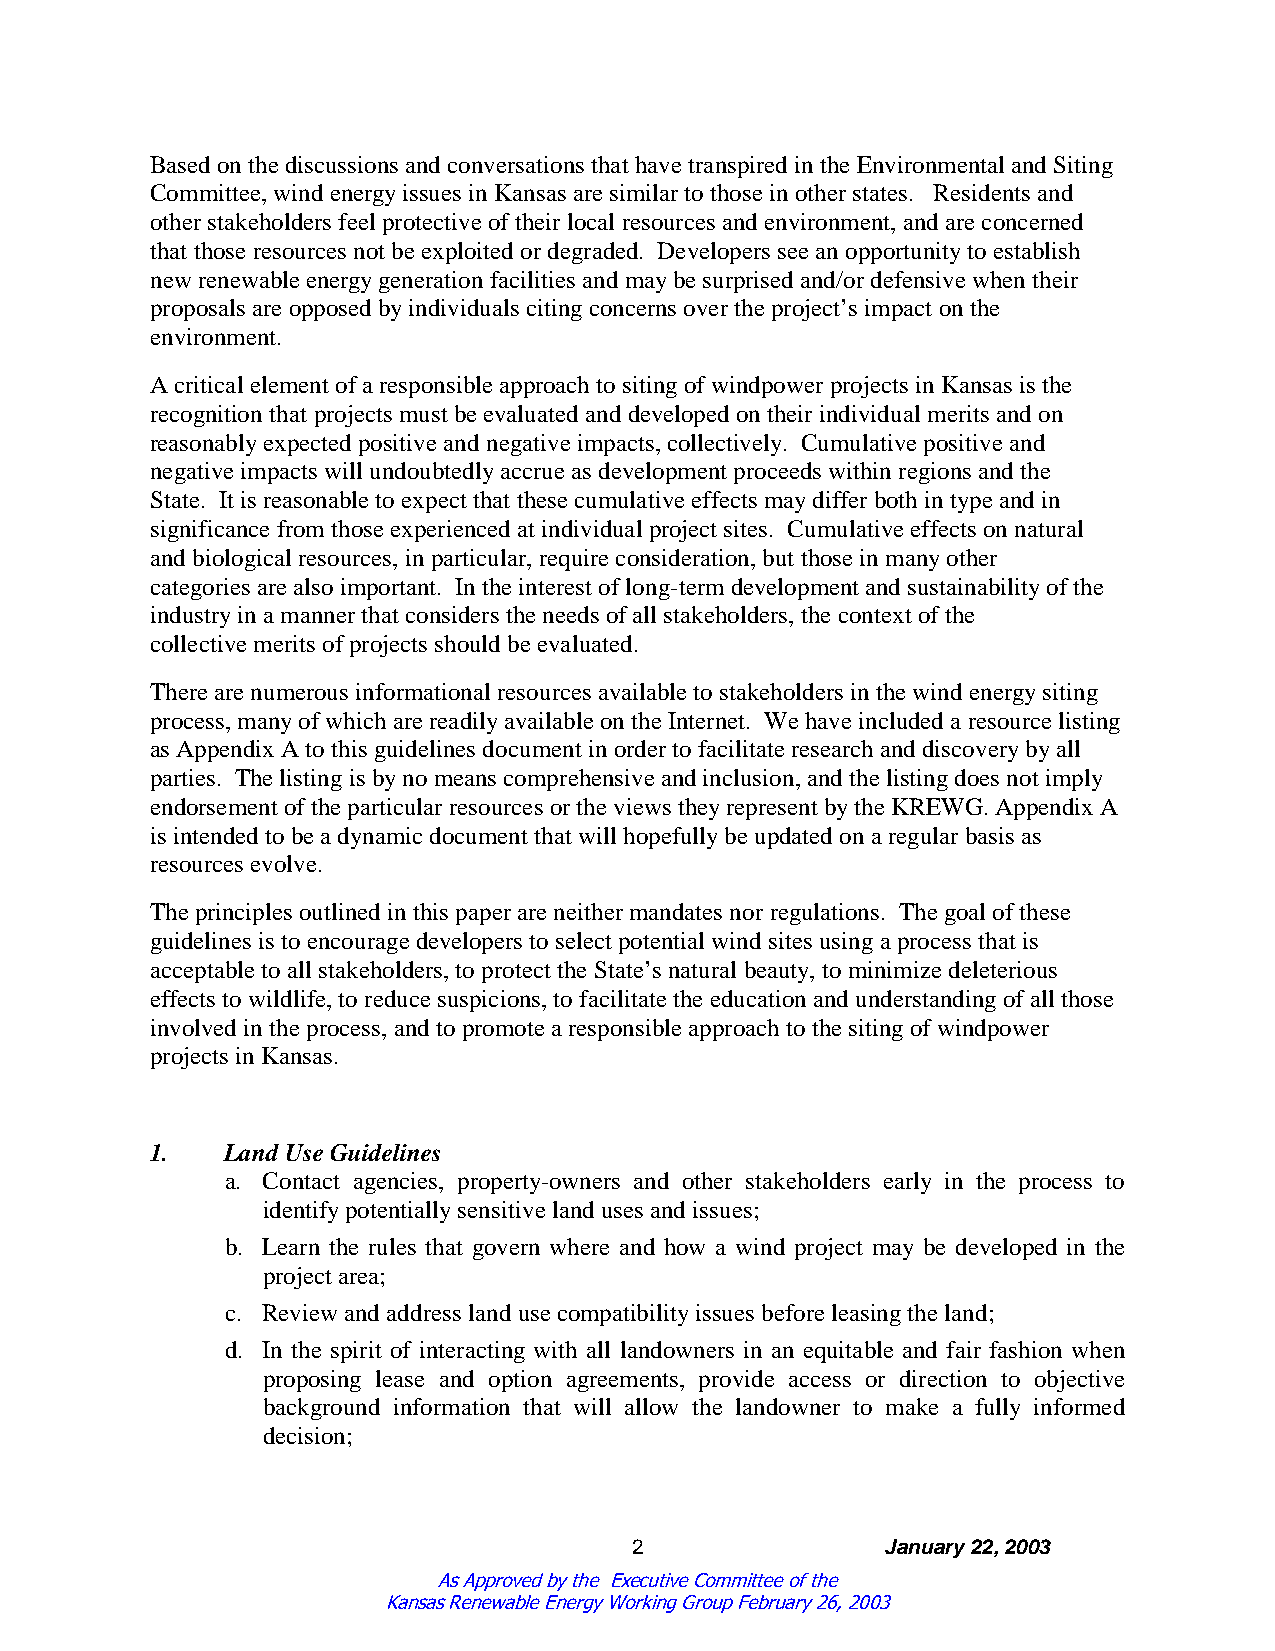
Basedonthediscussions andconversations that havetranspiredintheEnvironmental andSiting
 Committee,windenergyissues inKansas aresimilartothoseinotherstates. Residents and
 otherstakeholders feel protectiveoftheirlocal resources andenvironment,andareconcerned
 that thoseresources not beexploitedordegraded. Developers seeanopportunitytoestablish
 newrenewableenergygenerationfacilities andmaybesurprisedand/ordefensivewhentheir
 proposals areopposedbyindividuals citingconcerns overtheproject’s impact onthe
 environment.
 Acritical element ofaresponsibleapproachtositingofwindpowerprojects inKansas is the
 recognitionthat projects must beevaluatedanddevelopedontheirindividual merits andon
 reasonablyexpectedpositiveandnegativeimpacts,collectively. Cumulativepositiveand
 negativeimpacts will undoubtedlyaccrueas development proceeds withinregions andthe
 State. It is reasonabletoexpect that thesecumulativeeffects maydifferbothintypeandin
 significancefrom thoseexperiencedat individual project sites. Cumulativeeffects onnatural
 andbiological resources,inparticular,requireconsideration,but thoseinmanyother
 categories arealsoimportant. Intheinterest oflong-term development andsustainabilityofthe
 industryinamannerthat considers theneeds ofall stakeholders,thecontext ofthe
 collectivemerits ofprojects shouldbeevaluated.
 Therearenumerous informational resources availabletostakeholders inthewindenergysiting
 process,manyofwhicharereadilyavailableontheInternet. Wehaveincludedaresourcelisting
 as Appendix Atothis guidelines document inordertofacilitateresearchanddiscoverybyall
 parties. Thelistingis bynomeans comprehensiveandinclusion,andthelistingdoes not imply
 endorsement oftheparticularresources ortheviews theyrepresent bytheKREWG.Appendix A
 is intendedtobeadynamicdocument that will hopefullybeupdatedonaregularbasis as
 resources evolve.
 Theprinciples outlinedinthis paperareneithermandates norregulations. Thegoal ofthese
 guidelines is toencouragedevelopers toselect potential windsites usingaprocess that is
 acceptabletoall stakeholders,toprotect theState’s natural beauty,tominimizedeleterious
 effects towildlife,toreducesuspicions,tofacilitatetheeducationandunderstandingofall those
 involvedintheprocess,andtopromotearesponsibleapproachtothesitingofwindpower
 projects inKansas.
 1.   LandUseGuidelines
 a. Contact agencies, property-owners and other stakeholders early in the process to
 identifypotentiallysensitivelanduses andissues;
 b. Learn the rules that govern where and how a wind project may be developed in the
 project area;
 c. Reviewandaddress landusecompatibilityissues beforeleasingtheland;
 d. In the spirit of interacting with all landowners in an equitable and fair fashion when
 proposing lease and option agreements, provide access or direction to objective
 background information that will allow the landowner to make a fully informed
 decision;
 2                January22,2003
 As Approved by the Executive Committee of the
 Kansas Renewable Energy Working Group February 26, 2003